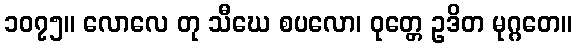
၁၀၇၅။ လောလေ တု သီဃေ စပလော၊ ဝုတ္တေ ဥဒိတ မုဂ္ဂတေ။